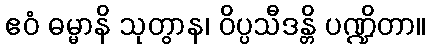
ဧဝံ ဓမ္မာနိ သုတွာန၊ ဝိပ္ပသီဒန္တိ ပဏ္ဍိတာ။